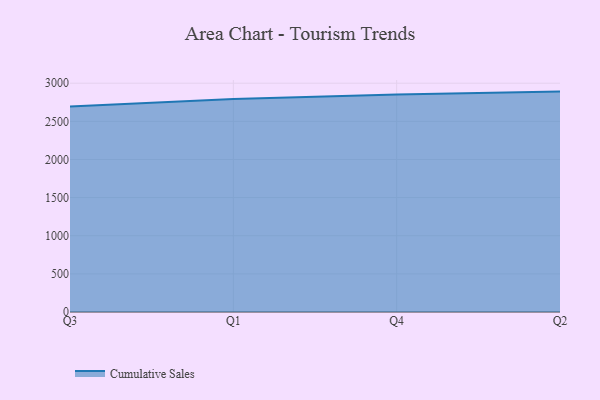
{"axis": {"x": "Quarter", "y": "Inventory Turnover"}, "legend": ["Cumulative Sales"], "data": [{"x": "Q3", "y": 2695.6, "type": "Cumulative Sales"}, {"x": "Q1", "y": 2792.5, "type": "Cumulative Sales"}, {"x": "Q4", "y": 2853.4, "type": "Cumulative Sales"}, {"x": "Q2", "y": 2889.9, "type": "Cumulative Sales"}]}